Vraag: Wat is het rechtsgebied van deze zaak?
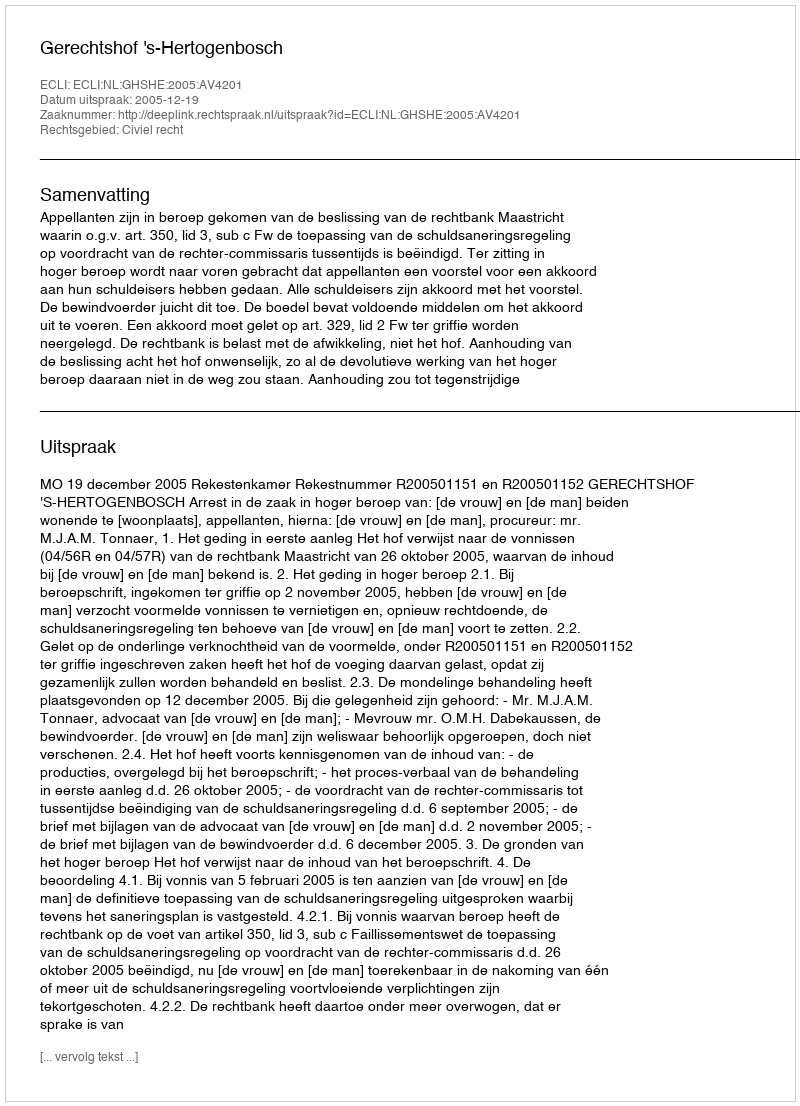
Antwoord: Civiel recht